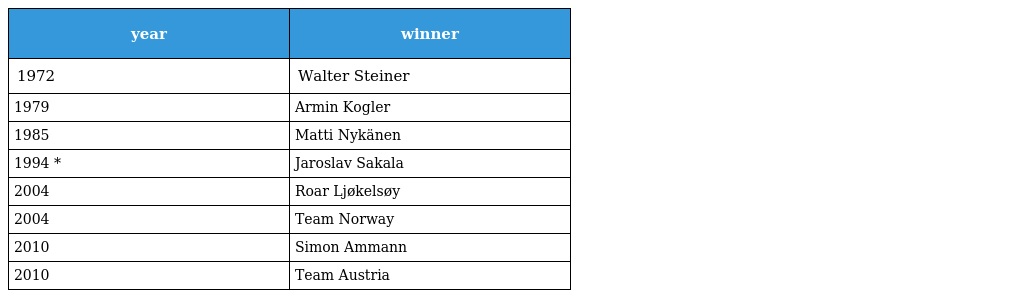
| year | winner |
 | --- | --- |
 | 1972 | Walter Steiner |
 | 1979 | Armin Kogler |
 | 1985 | Matti Nykänen |
 | 1994 * | Jaroslav Sakala |
 | 2004 | Roar Ljøkelsøy |
 | 2004 | Team Norway |
 | 2010 | Simon Ammann |
 | 2010 | Team Austria |